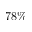
7 8 \%